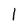
Character: 1